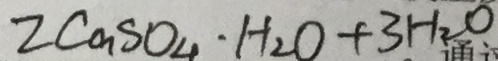
2 \cos O _ { 4 } \cdot H _ { 2 } O + 3 H _ { 2 } O